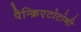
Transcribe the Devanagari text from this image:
पैन्क्रिएटोटोमी